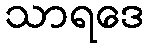
သာရဒေ